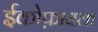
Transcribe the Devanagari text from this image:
ईकोफ़ायला